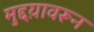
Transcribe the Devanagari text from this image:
मुद्दय़ावरून